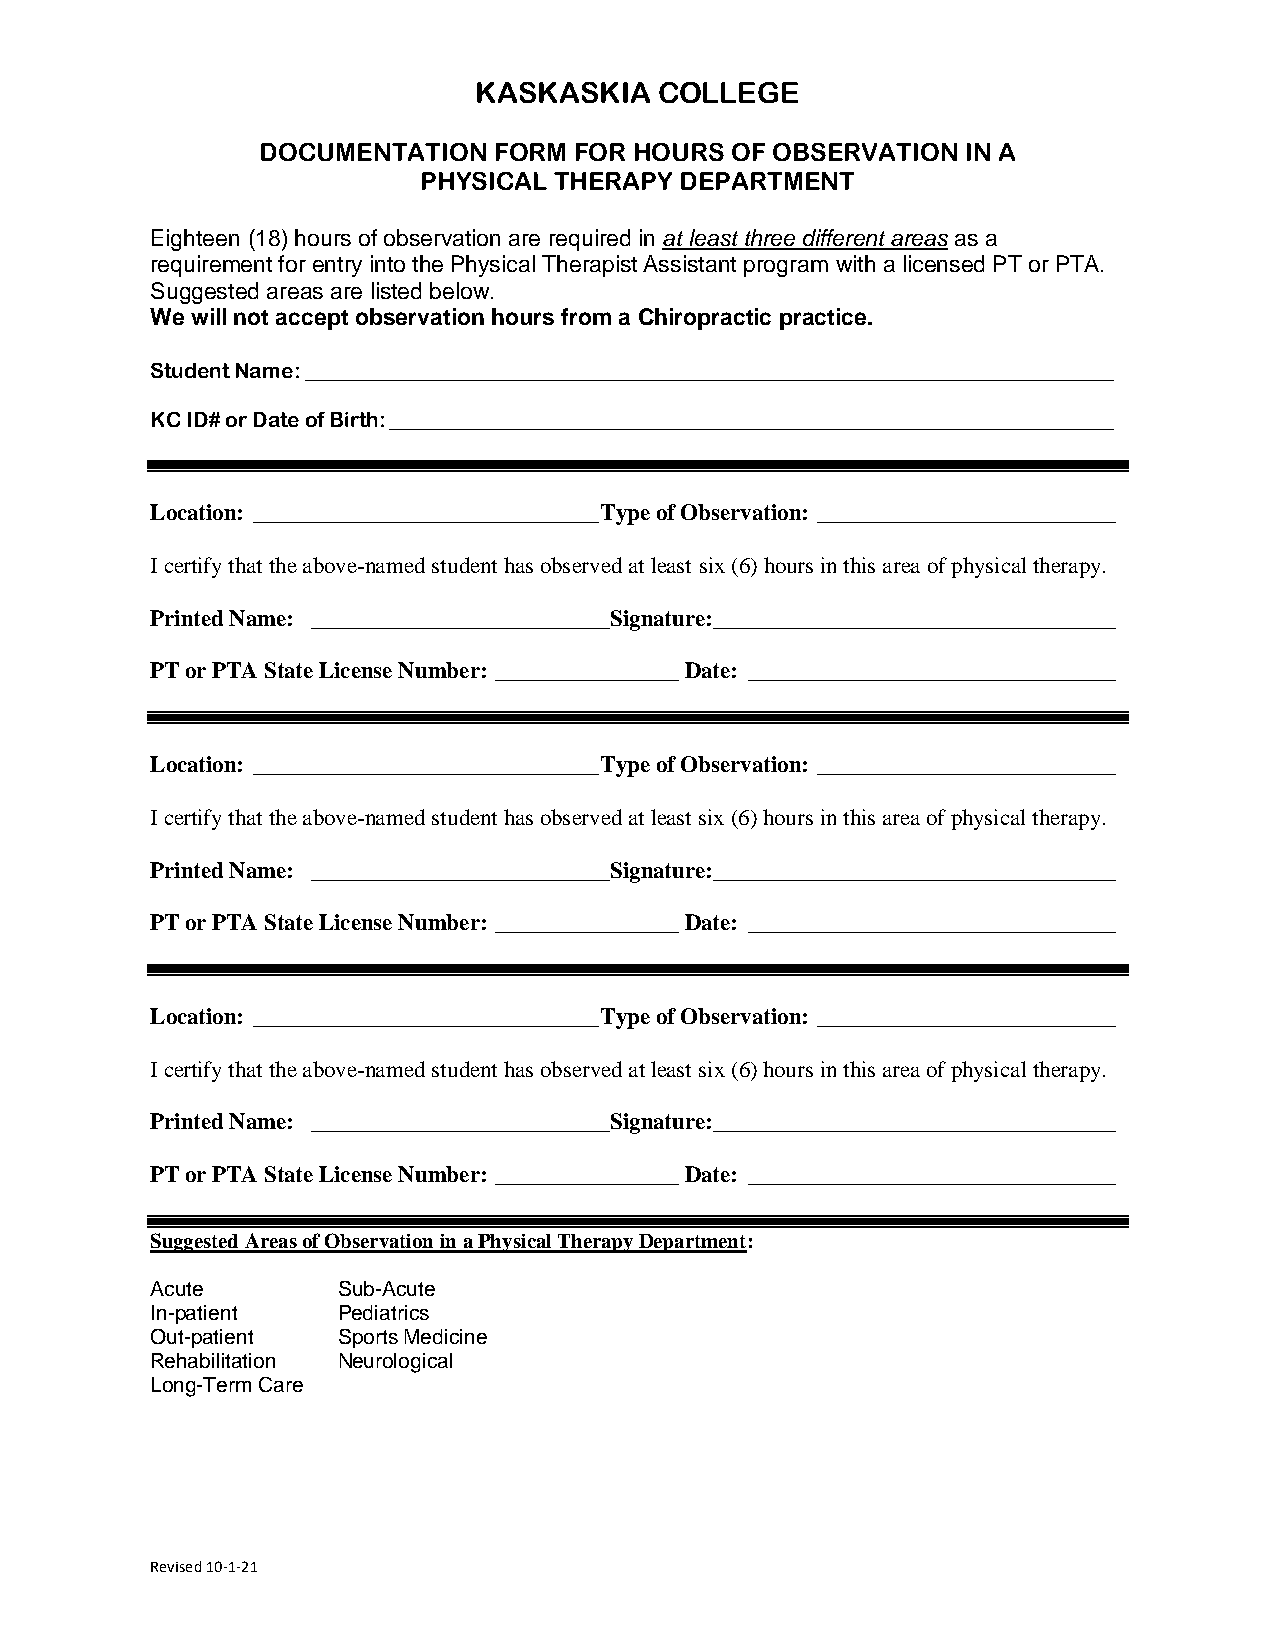
KASKASKIA    COLLEGE
 DOCUMENTATION   FORM FOR HOURS OF OBSERVATION  IN A
 PHYSICAL THERAPY DEPARTMENT
 Eighteen (18) hours of observation are required in at least three different areas as a
 requirement for entry into the Physical Therapist Assistant program with a licensed PT or PTA.
 Suggested areas are listed below.
 We will not accept observation hours from a Chiropractic practice.
 Student Name: _____________________________________________________________________________
 KC ID# or Date of Birth: _____________________________________________________________________
 Location: ______________________________ Type of Observation: __________________________
 I certify that the above-named student has observed at least six (6) hours in this area of physical therapy.
 Printed Name: __________________________Signature: ___________________________________
 PT or PTA State License Number: ________________ Date: ________________________________
 Location: ______________________________ Type of Observation: __________________________
 I certify that the above-named student has observed at least six (6) hours in this area of physical therapy.
 Printed Name: __________________________Signature: ___________________________________
 PT or PTA State License Number: ________________ Date: ________________________________
 Location: ______________________________ Type of Observation: __________________________
 I certify that the above-named student has observed at least six (6) hours in this area of physical therapy.
 Printed Name: __________________________Signature: ___________________________________
 PT or PTA State License Number: ________________ Date: ________________________________
 Suggested Areas of Observation in a Physical Therapy Department:
 Acute       Sub-Acute
 In-patient  Pediatrics
 Out-patient Sports Medicine
 Rehabilitation Neurological
 Long-Term Care
 Revised 10-1-21